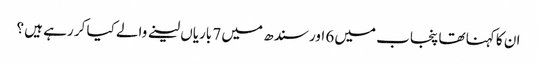
ان کا کہنا تھا پنجاب میں 6 اور سندھ میں 7 باریاں لینے والے کیا کر رہے ہیں ؟